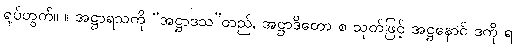
ရုပ်တွက်။ ။ အဋ္ဌာရသကို “အဋ္ဌာဒသ”တည်, အဋ္ဌာဒိတော စ သုတ်ဖြင့် အဋ္ဌနောင် ဒကို ရ